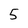
Character: 5